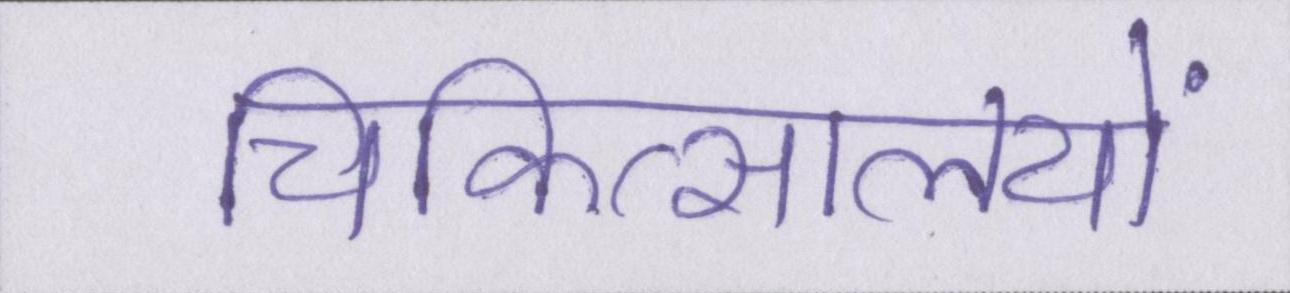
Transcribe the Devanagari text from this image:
चिकित्सालयों